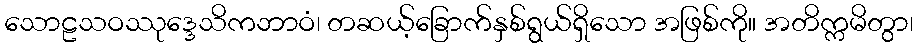
သောဠသဝဿုဒ္ဒေသိကဘာဝံ၊ တဆယ့်ခြောက်နှစ်ရွယ်ရှိသော အဖြစ်ကို။ အတိက္ကမိတွာ၊